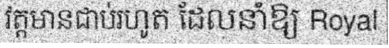
វត្តមានជាប់រហូត ដែលនាំឱ្យ Royal